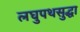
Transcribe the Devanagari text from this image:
लघुपथसुद्धा